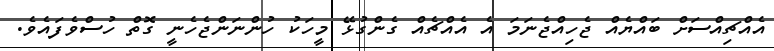
އެއްޗިއްސަށް ބައްޔެއް ޖެހިއްޖެނަމަ އެ އެއްޗެއް ގެންގުޅޭ މީހަކު ހުންނަންޖެހެނީ ގޮތް ހުސްވެފައެވެ.